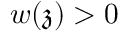
w ( \mathfrak { z } ) > 0